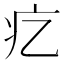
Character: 𤴥